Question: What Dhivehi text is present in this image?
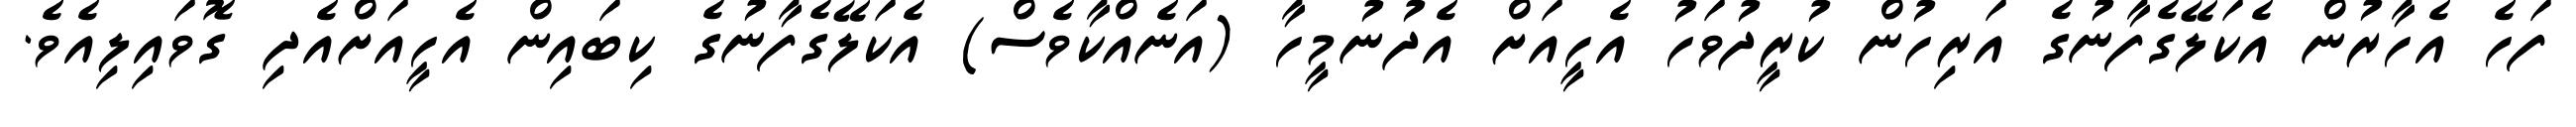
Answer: ފަހެ އެހާރުން އެކަލޭގެފާނުގެ އަރިހުން ކުރީދުވަހު އެހީއަށް އެދުނުމީހާ (އަނެއްކާވެސް) އެކަލޭގެފާނުގެ ކިބައިން އެހީއަށްއެދި ގޮވައިލިއެވެ.